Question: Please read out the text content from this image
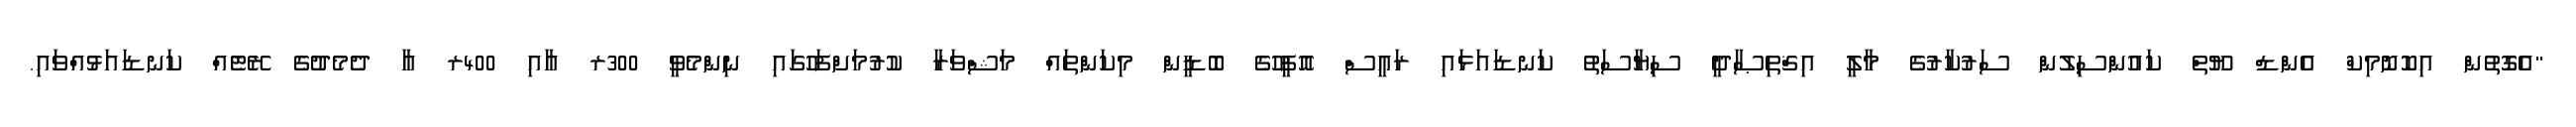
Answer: "އެގޮތުން އިކޮނޮމިކް އެންޑް ޔޫތް ކައުންސިލުން ސަރުކާރުގެ މާލީ އިޤްތިޞާދީ ސިޔާސަތު ކަނޑައަޅައި ރައީސް އޮފީހުގެ ބޮޑީން މިކަންތައް މަޝްވަރާ ކުރުމަށްފަހުގައި ނިންމެވީ 300ރ އާއި 400ރ އާ ދެމެދުގެ ރޭޓެއް ކަނޑައަޅުއްވައި.